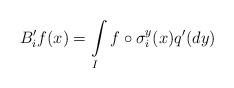
LaTeX: \begin{align*}B_i' f(x)=\int\limits_I f\circ \sigma_i^y (x)q'(dy)\end{align*}